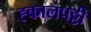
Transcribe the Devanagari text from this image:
ह्कालपट्टी